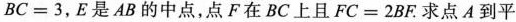
$$BC = 3$$，E是AB的中点，点F在BC上且$$FC = 2 BF$$求点A到平